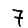
Digit: 7